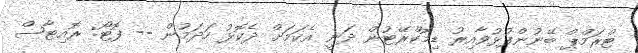
ޓްރަމްޕް ބޭނުންފުޅުވާއިރު ޑިމޮކްރޭޓުން ދަނީ އެކަމަށް ދެކޮޅު ހަދަމުން -- ފޮޓޯ: ރޮއިޓާސް